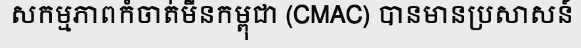
សកម្មភាពកំចាត់មីនកម្ពុជា (CMAC) បានមានប្រសាសន៍